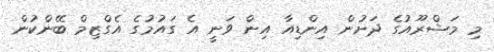
މި މަޝްރޫއުގެ ދަށުން އިންޑިއާ އިން ވަނީ އެ ގައުމުގެ އެގްޒިމް ބޭންކުން